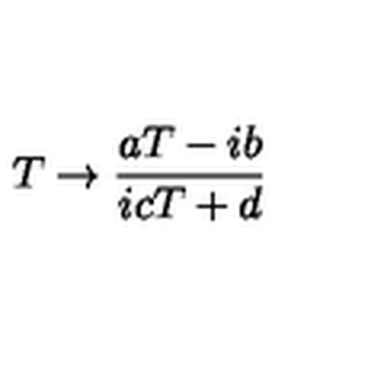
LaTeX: T \rightarrow \frac { a T - i b } { i c T + d } \nonumber